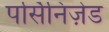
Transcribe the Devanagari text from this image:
पर्सिनिज़ेड